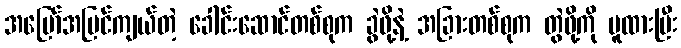
အမြော်အမြင်ကျယ်တဲ့ ခေါင်းဆောင်တစ်စုက ခွဲဖို့နဲ့ အခြားတစ်စုက တွဲဖို့ကို မူထားပြီး